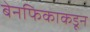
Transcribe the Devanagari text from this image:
बेनफिकाकडून